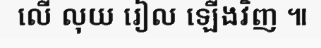
លើ លុយ រៀល ឡើងវិញ ៕